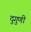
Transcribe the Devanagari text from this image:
दुगुणी